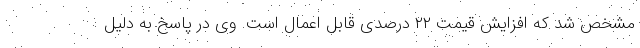
مشخص شد که افزایش قیمت ۲۲ درصدی قابل اعمال است. وی در پاسخ به دلیل